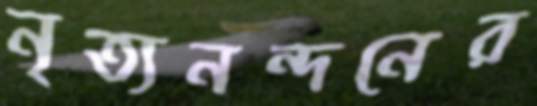
নৃত্যনন্দনের